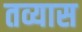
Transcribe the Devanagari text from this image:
तव्यास